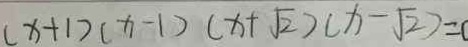
( x + 1 ) ( x - 1 ) ( x + \sqrt { 2 } ) ( x - \sqrt { 2 } ) = 0